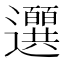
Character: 𫑖